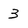
Character: 3